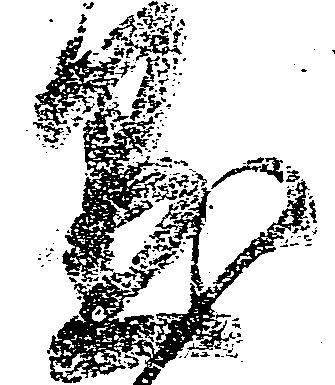
懸